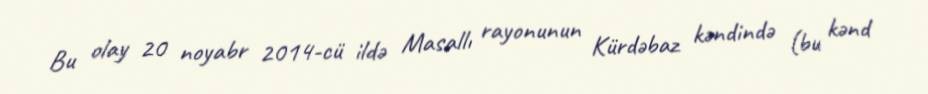
Bu olay 20 noyabr 2014-cü ildə Masallı rayonunun Kürdəbaz kəndində (bu kənd